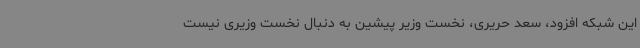
این شبکه افزود، سعد حریری، نخست وزیر پیشین به دنبال نخست وزیری نیست